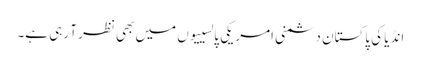
انڈیا کی پاکستان دشمنی امریکی پالسییوں میں بھی نظر آ رہی ہے۔